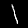
Label: 1